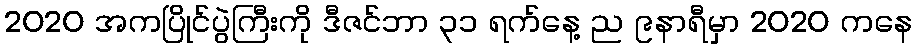
2020 အကပြိုင်ပွဲကြီးကို ဒီဇင်ဘာ ၃၁ ရက်နေ့ ည ၉နာရီမှာ 2020 ကနေ